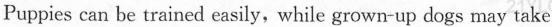
Puppies can be trained easily, while grown-up dogs may take